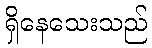
ရှိနေသေးသည်